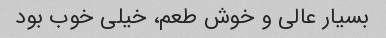
بسیار عالی و خوش طعم، خیلی خوب بود